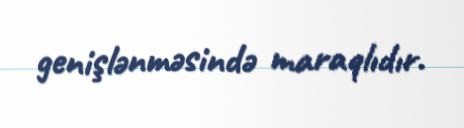
genişlənməsində maraqlıdır.